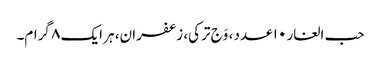
حب الغار ۱۰ عدد ، وَج ترکی، زعفران، ہر ایک ۸ گرام۔